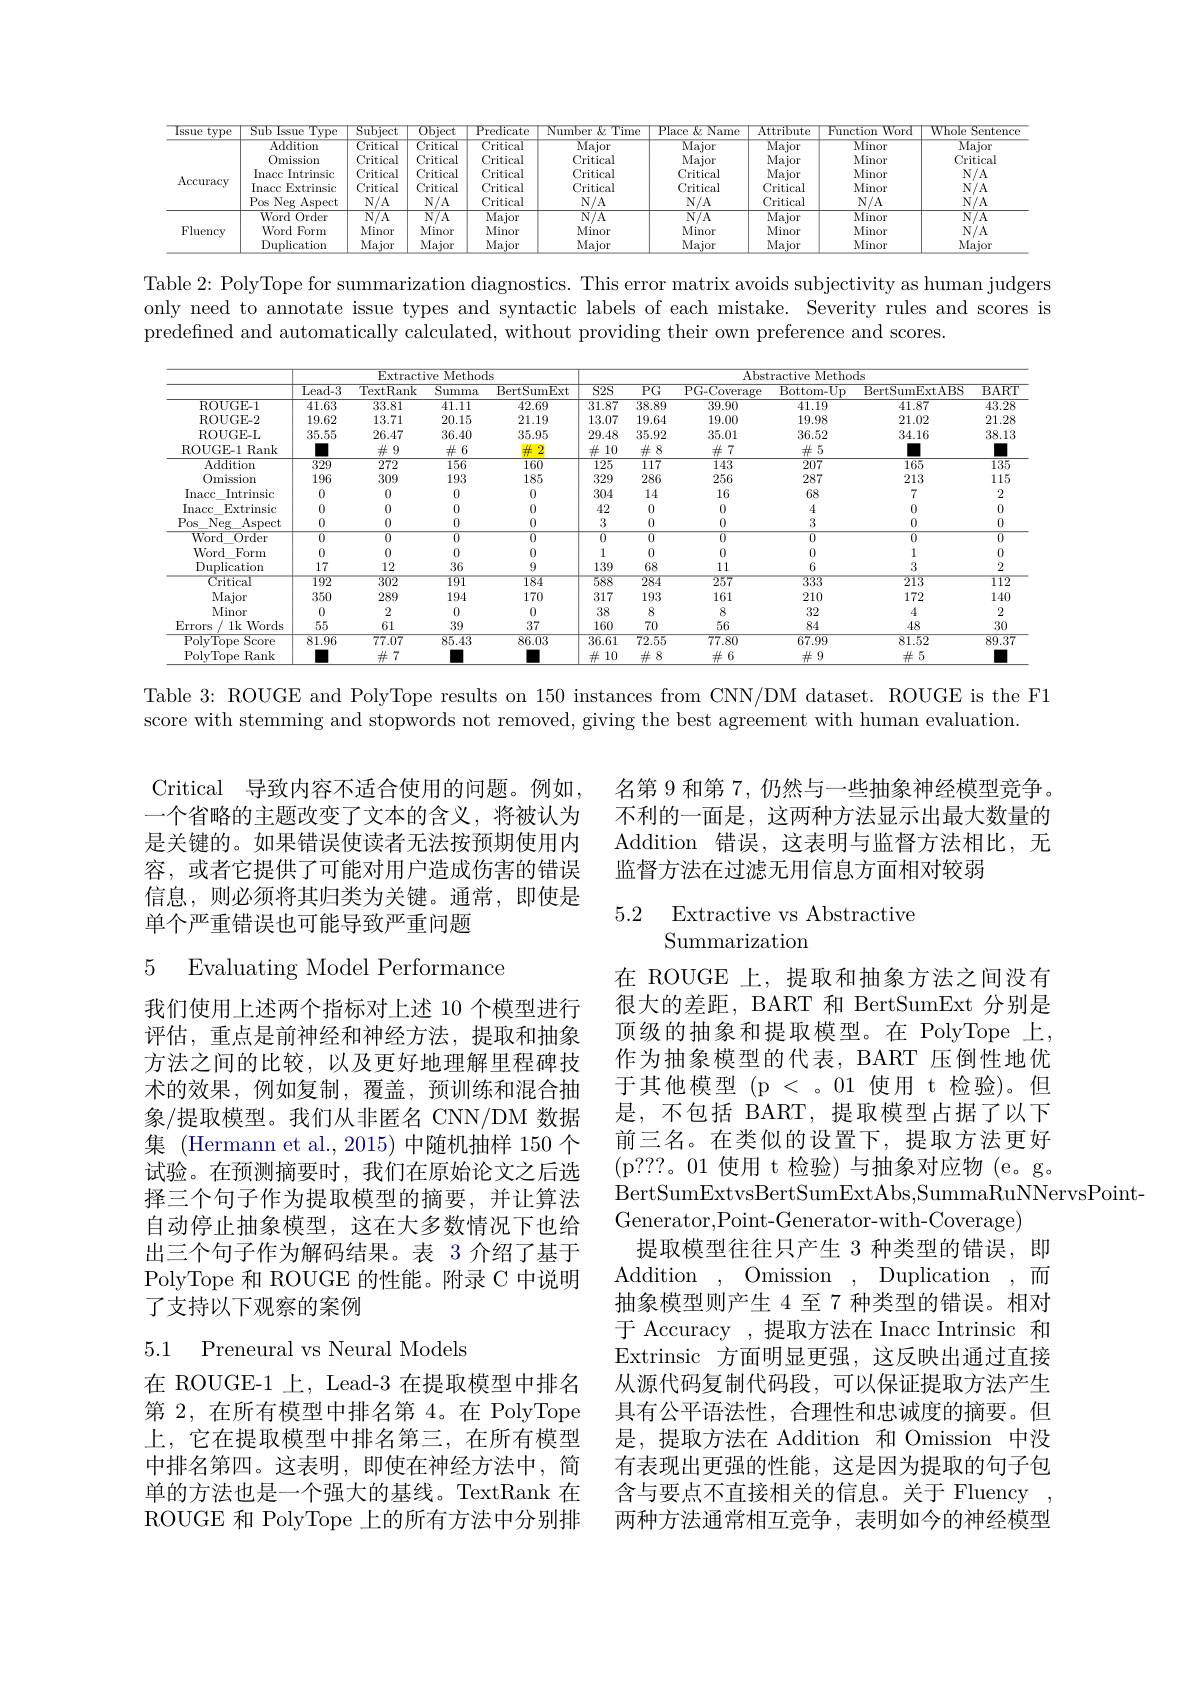
<table>
	<tbody>
		<tr>
			<th>type lssue</th>
			<th>Sub Issue Type</th>
			<th>Subject</th>
			<th>Object</th>
			<th>Predicate</th>
			<th>Number $:\&$Time</th>
			<th>Place $\&$ Name</th>
			<th>Attribute</th>
			<th>Function Word</th>
			<th>Whole Sentenco</th>
		</tr>
		<tr>
			<td>$\operatorname{Accuracy}$</td>
			<td>Addition Omission Inacc Intrinsic Inacc Extrinsic Pos Neg Aspect</td>
			<td>Critical Critical Critical Critical $N/A$</td>
			<td>${\mathrm{Critical}}$ Critical Critical Critical $N/A$</td>
			<td>Critical Critical Critical Critical Critical</td>
			<td>$\overline{\text{Major}}$ Critical Critical Critical $N/A$</td>
			<td>$\overline{\text{Major}}$ Major Critical Critical $N/A$</td>
			<td>$\overline{\text{Major}}$ Major Major Critical Critical</td>
			<td>Minor Minor Minor Minor $N/A$</td>
			<td>$\overline{\text{Major}}$ Critical $N/A$ $N/A$ $N/A$</td>
		</tr>
		<tr>
			<td rowspan="3">Fluency</td>
			<td>${\mathrm{Word~Order}}$</td>
			<td>$\overline{\mathrm{N/A}}$</td>
			<td>$\overline{\mathrm{N/A}}$</td>
			<td>Major</td>
			<td>$\overline{\mathrm{N/A}}$</td>
			<td>$\overline{\mathrm{N/A}}$</td>
			<td>$\overline{\text{Major}}$</td>
			<td>Minor</td>
			<td>$\overline{\mathrm{N/A}}$</td>
		</tr>
		<tr>
			<td>Word Form</td>
			<td>Minor</td>
			<td>Minor</td>
			<td>Minor</td>
			<td>Minor</td>
			<td>Minor</td>
			<td>Minor</td>
			<td>Minor</td>
			<td>$N/A$</td>
		</tr>
		<tr>
			<td>Duplication</td>
			<td>Major</td>
			<td>Major</td>
			<td>Major</td>
			<td>Major</td>
			<td>Major</td>
			<td>Major</td>
			<td>Minor</td>
			<td>Major</td>
		</tr>
	</tbody>
</table>

Table 2: PolyTope for summarization diagnostics. This error matrix avoids subjectivity as human judgers only need to annotate issue types and syntactic labels of each mistake. Severity rules and scores is predefined and automatically calculated, without providing their own preference and scores.

<table>
	<tbody>
		<tr>
			<th> </th>
			<th colspan="4">Fxtractive $\overline{\mathrm{Methods}}$</th>
			<th> </th>
			<th colspan="5">$\overline{\text{Abstractive Methods}}$</th>
		</tr>
		<tr>
			<th> </th>
			<th>$\overline{{\text{Lead-3}}}$</th>
			<th>$\overline{{\text{TextRank}}}$</th>
			<th>Summa</th>
			<th>BertSumExt</th>
			<th>$S2S$</th>
			<th>$\overline{PG}$</th>
			<th>$\overline{{\mathrm{PG-Coverage}}}$</th>
			<th>$\overline{{\mathrm{Bottom-Up}}}$</th>
			<th>BertSumExtABS</th>
			<th>$\overline{{\mathrm{BART}}}$</th>
		</tr>
		<tr>
			<td>ROUGE-1</td>
			<td>41.63</td>
			<td>33.81</td>
			<td>41.11</td>
			<td>$\overline{42.69}$</td>
			<td>$\overline{31.87}$</td>
			<td>38.89</td>
			<td>39.90</td>
			<td>$\overline{41.19}$</td>
			<td>41.87</td>
			<td>43.28</td>
		</tr>
		<tr>
			<td>ROUGE- 2</td>
			<td>19.62</td>
			<td>13.71</td>
			<td>20.15</td>
			<td>21.19</td>
			<td>13.07</td>
			<td>19.64</td>
			<td>19.00</td>
			<td>19.98</td>
			<td>21.02</td>
			<td>21.28</td>
		</tr>
		<tr>
			<td>ROUGE-L</td>
			<td>35.55</td>
			<td>26.47</td>
			<td>36.40</td>
			<td>35.95</td>
			<td>29.48</td>
			<td>35.92</td>
			<td>35.01</td>
			<td>36.52</td>
			<td>34.16</td>
			<td>38.13</td>
		</tr>
		<tr>
			<td>ROUGE-1 Rank</td>
			<td> </td>
			<td>$\#9$</td>
			<td>$\#6$</td>
			<td>4 2</td>
			<td>$\frac{11}{44}$ 10</td>
			<td>$\#8$</td>
			<td>$\#7$</td>
			<td>$\#5$</td>
			<td> </td>
			<td> </td>
		</tr>
		<tr>
			<td>Addition</td>
			<td>$\overline{329}$</td>
			<td>$\overline{272}$</td>
			<td>156</td>
			<td>$\overline{160}$</td>
			<td>125</td>
			<td>117</td>
			<td>143</td>
			<td>$\overline{207}$</td>
			<td>165</td>
			<td>135</td>
		</tr>
		<tr>
			<td>0mission</td>
			<td>196</td>
			<td>309</td>
			<td>193</td>
			<td>185</td>
			<td>329</td>
			<td>286</td>
			<td>256</td>
			<td>287</td>
			<td>213</td>
			<td>115</td>
		</tr>
		<tr>
			<td>Inacc Intrinsic</td>
			<td>0</td>
			<td>0</td>
			<td>0</td>
			<td>0</td>
			<td>304</td>
			<td>14</td>
			<td>16</td>
			<td>68</td>
			<td>7</td>
			<td>2</td>
		</tr>
		<tr>
			<td>Inacc Extrinsic</td>
			<td>0</td>
			<td>0</td>
			<td>0</td>
			<td>0</td>
			<td>42</td>
			<td>0</td>
			<td>0</td>
			<td>4</td>
			<td>0</td>
			<td>0</td>
		</tr>
		<tr>
			<td>Pos Neg Aspect</td>
			<td>0</td>
			<td>0</td>
			<td>0</td>
			<td>0</td>
			<td>3</td>
			<td>0</td>
			<td>0</td>
			<td>3</td>
			<td>0</td>
			<td>0</td>
		</tr>
		<tr>
			<td>Word 0rder</td>
			<td>0</td>
			<td>0</td>
			<td>$\overline{0}$</td>
			<td>0</td>
			<td>0</td>
			<td>$\overline{0}$</td>
			<td>0</td>
			<td>0</td>
			<td>0</td>
			<td>$\overline{0}$</td>
		</tr>
		<tr>
			<td>Word Form</td>
			<td>0</td>
			<td>0</td>
			<td>0</td>
			<td>0</td>
			<td>1</td>
			<td>0</td>
			<td>0</td>
			<td>0</td>
			<td>1</td>
			<td>0</td>
		</tr>
		<tr>
			<td>Duplication</td>
			<td>17</td>
			<td>12</td>
			<td>36</td>
			<td>9</td>
			<td>139</td>
			<td>68</td>
			<td>11</td>
			<td>6</td>
			<td>3</td>
			<td>2</td>
		</tr>
		<tr>
			<td>Critical</td>
			<td>192</td>
			<td>302</td>
			<td>191</td>
			<td>184</td>
			<td>588</td>
			<td>284</td>
			<td>257</td>
			<td>3333</td>
			<td>213</td>
			<td>112</td>
		</tr>
		<tr>
			<td>Major</td>
			<td>350</td>
			<td>289</td>
			<td>194</td>
			<td>170</td>
			<td>317</td>
			<td>193</td>
			<td>161</td>
			<td>210</td>
			<td>172</td>
			<td>140</td>
		</tr>
		<tr>
			<td>Minor</td>
			<td>0</td>
			<td>2</td>
			<td>0</td>
			<td>0</td>
			<td>38</td>
			<td>8</td>
			<td>8</td>
			<td>32</td>
			<td>4</td>
			<td>2</td>
		</tr>
		<tr>
			<td>Errors 1k Words</td>
			<td>55</td>
			<td>61</td>
			<td>39</td>
			<td>37</td>
			<td>160</td>
			<td>70</td>
			<td>56</td>
			<td>84</td>
			<td>48</td>
			<td>30</td>
		</tr>
		<tr>
			<td>$\overline{{\mathrm{PolvTope~Score}}}$</td>
			<td>81.96</td>
			<td>77.07</td>
			<td>85.43</td>
			<td>86.03</td>
			<td>$\overline{36.61}$</td>
			<td>72.55</td>
			<td>77.80</td>
			<td>67.99</td>
			<td>$\overline{81.52}$</td>
			<td>89.37</td>
		</tr>
		<tr>
			<td>PolvTope e Rank</td>
			<td> </td>
			<td>$\#7$</td>
			<td> </td>
			<td> </td>
			<td>10 4</td>
			<td>$\#8$</td>
			<td>$\#6$</td>
			<td>$\#9$</td>
			<td>$\#5$</td>
			<td> </td>
		</tr>
	</tbody>
</table>

Table 3: ROUGE and PolyTope results on 150 instances from CNN/DM dataset. ROUGE is the F1
score with stemming and stopwords not removed, giving the best agreement with human evaluation.

名第 9 和第 7, 仍然与一些抽象神经模型竞争。不利的一面是，这两种方法显示出最大数量的Addition 错误，这表明与监督方法相比，无监督方法在过滤无用信息方面相对较弱

Critical 导致内容不适合使用的问题。例如， 一个省略的主题改变了文本的含义，将被认为是关键的。如果错误使读者无法按预期使用内容，或者它提供了可能对用户造成伤害的错误信息，则必须将其归类为关键。通常，即使是单个严重错误也可能导致严重问题

# 5.2 Extractive vs Abstractive Summarization

5 Evaluating Model Performance

我们使用上述两个指标对上述 10 个模型进行评估，重点是前神经和神经方法，提取和抽象方法之间的比较，以及更好地理解里程碑技术的效果，例如复制，覆盖，预训练和混合抽象/提取模型。我们从非匿名 CNN/DM 数据集 (Hermann et al.,2015) 中随机抽样 150 个试验。在预测摘要时，我们在原始论文之后选择三个句子作为提取模型的摘要，并让算法自动停止抽象模型，这在大多数情况下也给出三个句子作为解码结果。表 3 介绍了基于PolyTope 和 ROUGE 的性能。附录 C 中说明了支持以下观察的案例

在 ROUGE 上，提取和抽象方法之间没有很大的差距，BART 和 BertSumExt 分别是顶级的抽象和提取模型。在 PolyTope 上， 作为抽象模型的代表，BART 压倒性地优于其他模型(p < 。01 使用 t 检验)。但是，不包括 BART,提取模型占据了以下前三名。在类似的设置下，提取方法更好(p???。01 使用 t 检验)与抽象对应物(e。g。BertSumExtvsBertSumExtAbs, SummaRuNNervsPoint-
Generator,Point-Generator-with-Coverage)
提取模型往往只产生 3 种类型的错误，即${\mathrm{Addition}}$ , ${\mathrm{Omission}}$ , ${\mathrm{Duplication}}$ ,而抽象模型则产生 4 至 7 种类型的错误。相对于 Accuracy ,提取方法在 Inacc Intrinsic 和Extrinsic 方面明显更强，这反映出通过直接从源代码复制代码段，可以保证提取方法产生具有公平语法性，合理性和忠诚度的摘要。但是，提取方法在 Addition 和 Omission 中没有表现出更强的性能，这是因为提取的句子包含与要点不直接相关的信息。关于 Fluency 两种方法通常相互竞争，表明如今的神经模型

5.1 Preneural vs Neural Models

在 ROUGE-1 上，Lead-3 在提取模型中排名第 2,在所有模型中排名第 4。在 PolyTope 上，它在提取模型中排名第三，在所有模型中排名第四。这表明，即使在神经方法中，简单的方法也是一个强大的基线。TextRank 在ROUGE 和 PolyTope 上的所有方法中分别排